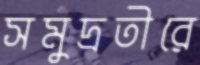
সমুদ্রতীরে